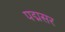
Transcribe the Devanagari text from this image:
पद्मसर